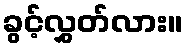
ခွင့်လွှတ်လား။